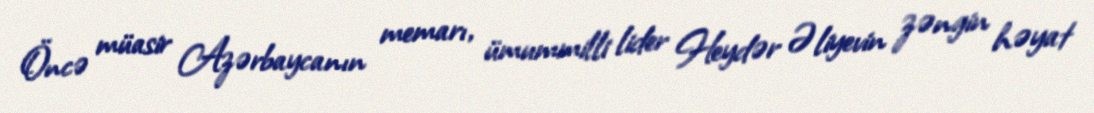
Öncə müasir Azərbaycanın memarı, ümummilli lider Heydər Əliyevin zəngin həyat